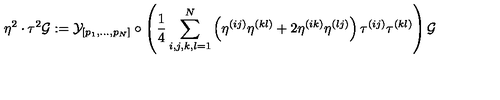
\eta ^ { 2 } \cdot \tau ^ { 2 } { \cal { G } } : = { \cal { Y } } _ { [ p _ { 1 } , . . . , p _ { N } ] } \circ \left( { \frac { 1 } { 4 } } \sum _ { i , j , k , l = 1 } ^ { N } \left( \eta ^ { ( i j ) } \eta ^ { ( k l ) } + 2 \eta ^ { ( i k ) } \eta ^ { ( l j ) } \right) \tau ^ { ( i j ) } \tau ^ { ( k l ) } \right) { \cal { G } }